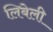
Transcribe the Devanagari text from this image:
लिबेली